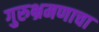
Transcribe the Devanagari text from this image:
गुरुभ्रमणाचा